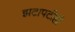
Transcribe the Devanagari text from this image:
झटापटीही